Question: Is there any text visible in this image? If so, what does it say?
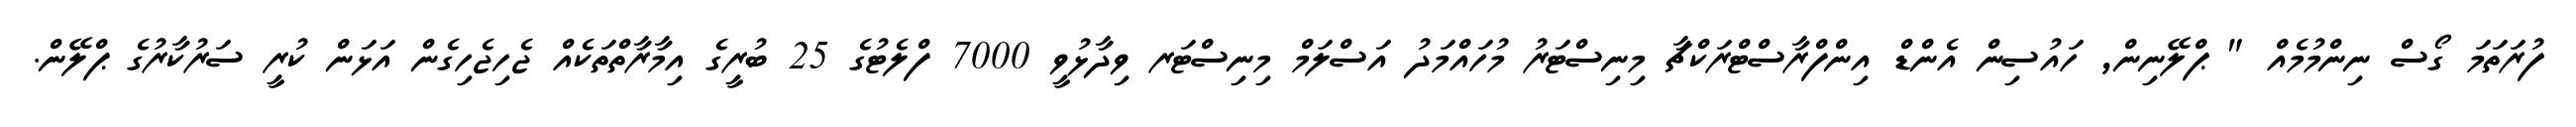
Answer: ފުރަތަމަ ގޯސް ނިންމުމެއް " ޕްލޭނިން, ހައުސިން އެންޑް އިންފްރާސްޓްރަކްޗާ މިނިސްޓަރު މުހައްމަދު އަސްލަމް މިނިސްޓަރ ވިދާޅުވީ 7000 ފްލެޓުގެ 25 ބުރީގެ އިމާރާތްތަކެއް ޖެހިޖެހިގެން އަޅަން ކުރީ ސަރުކާރުގެ ޕްލޭން.